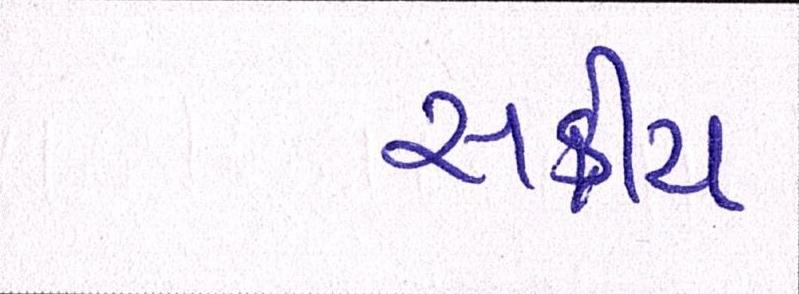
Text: સક્રીય